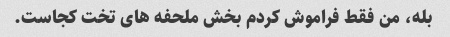
بله، من فقط فراموش کردم بخش ملحفه های تخت کجاست.